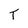
Character: T